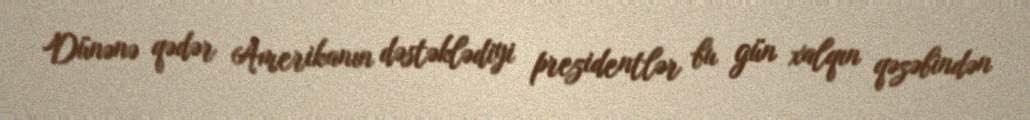
Dünənə qədər Amerikanın dəstəklədiyi prezidentlər bu gün xalqın qəzəbindən